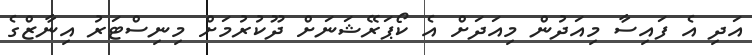
އަދި އެ ފައިސާ މިއަދުން މިއަދަށް އެ ކޯޕަރޭޝަނަށް ދޫކުރުމަށް މިނިސްޓަރު އިނާޒްގެ